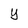
Character: y